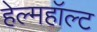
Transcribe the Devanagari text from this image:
हेल्महॉल्ट